V__Kingissepa_nim__kolhoos, lk 12
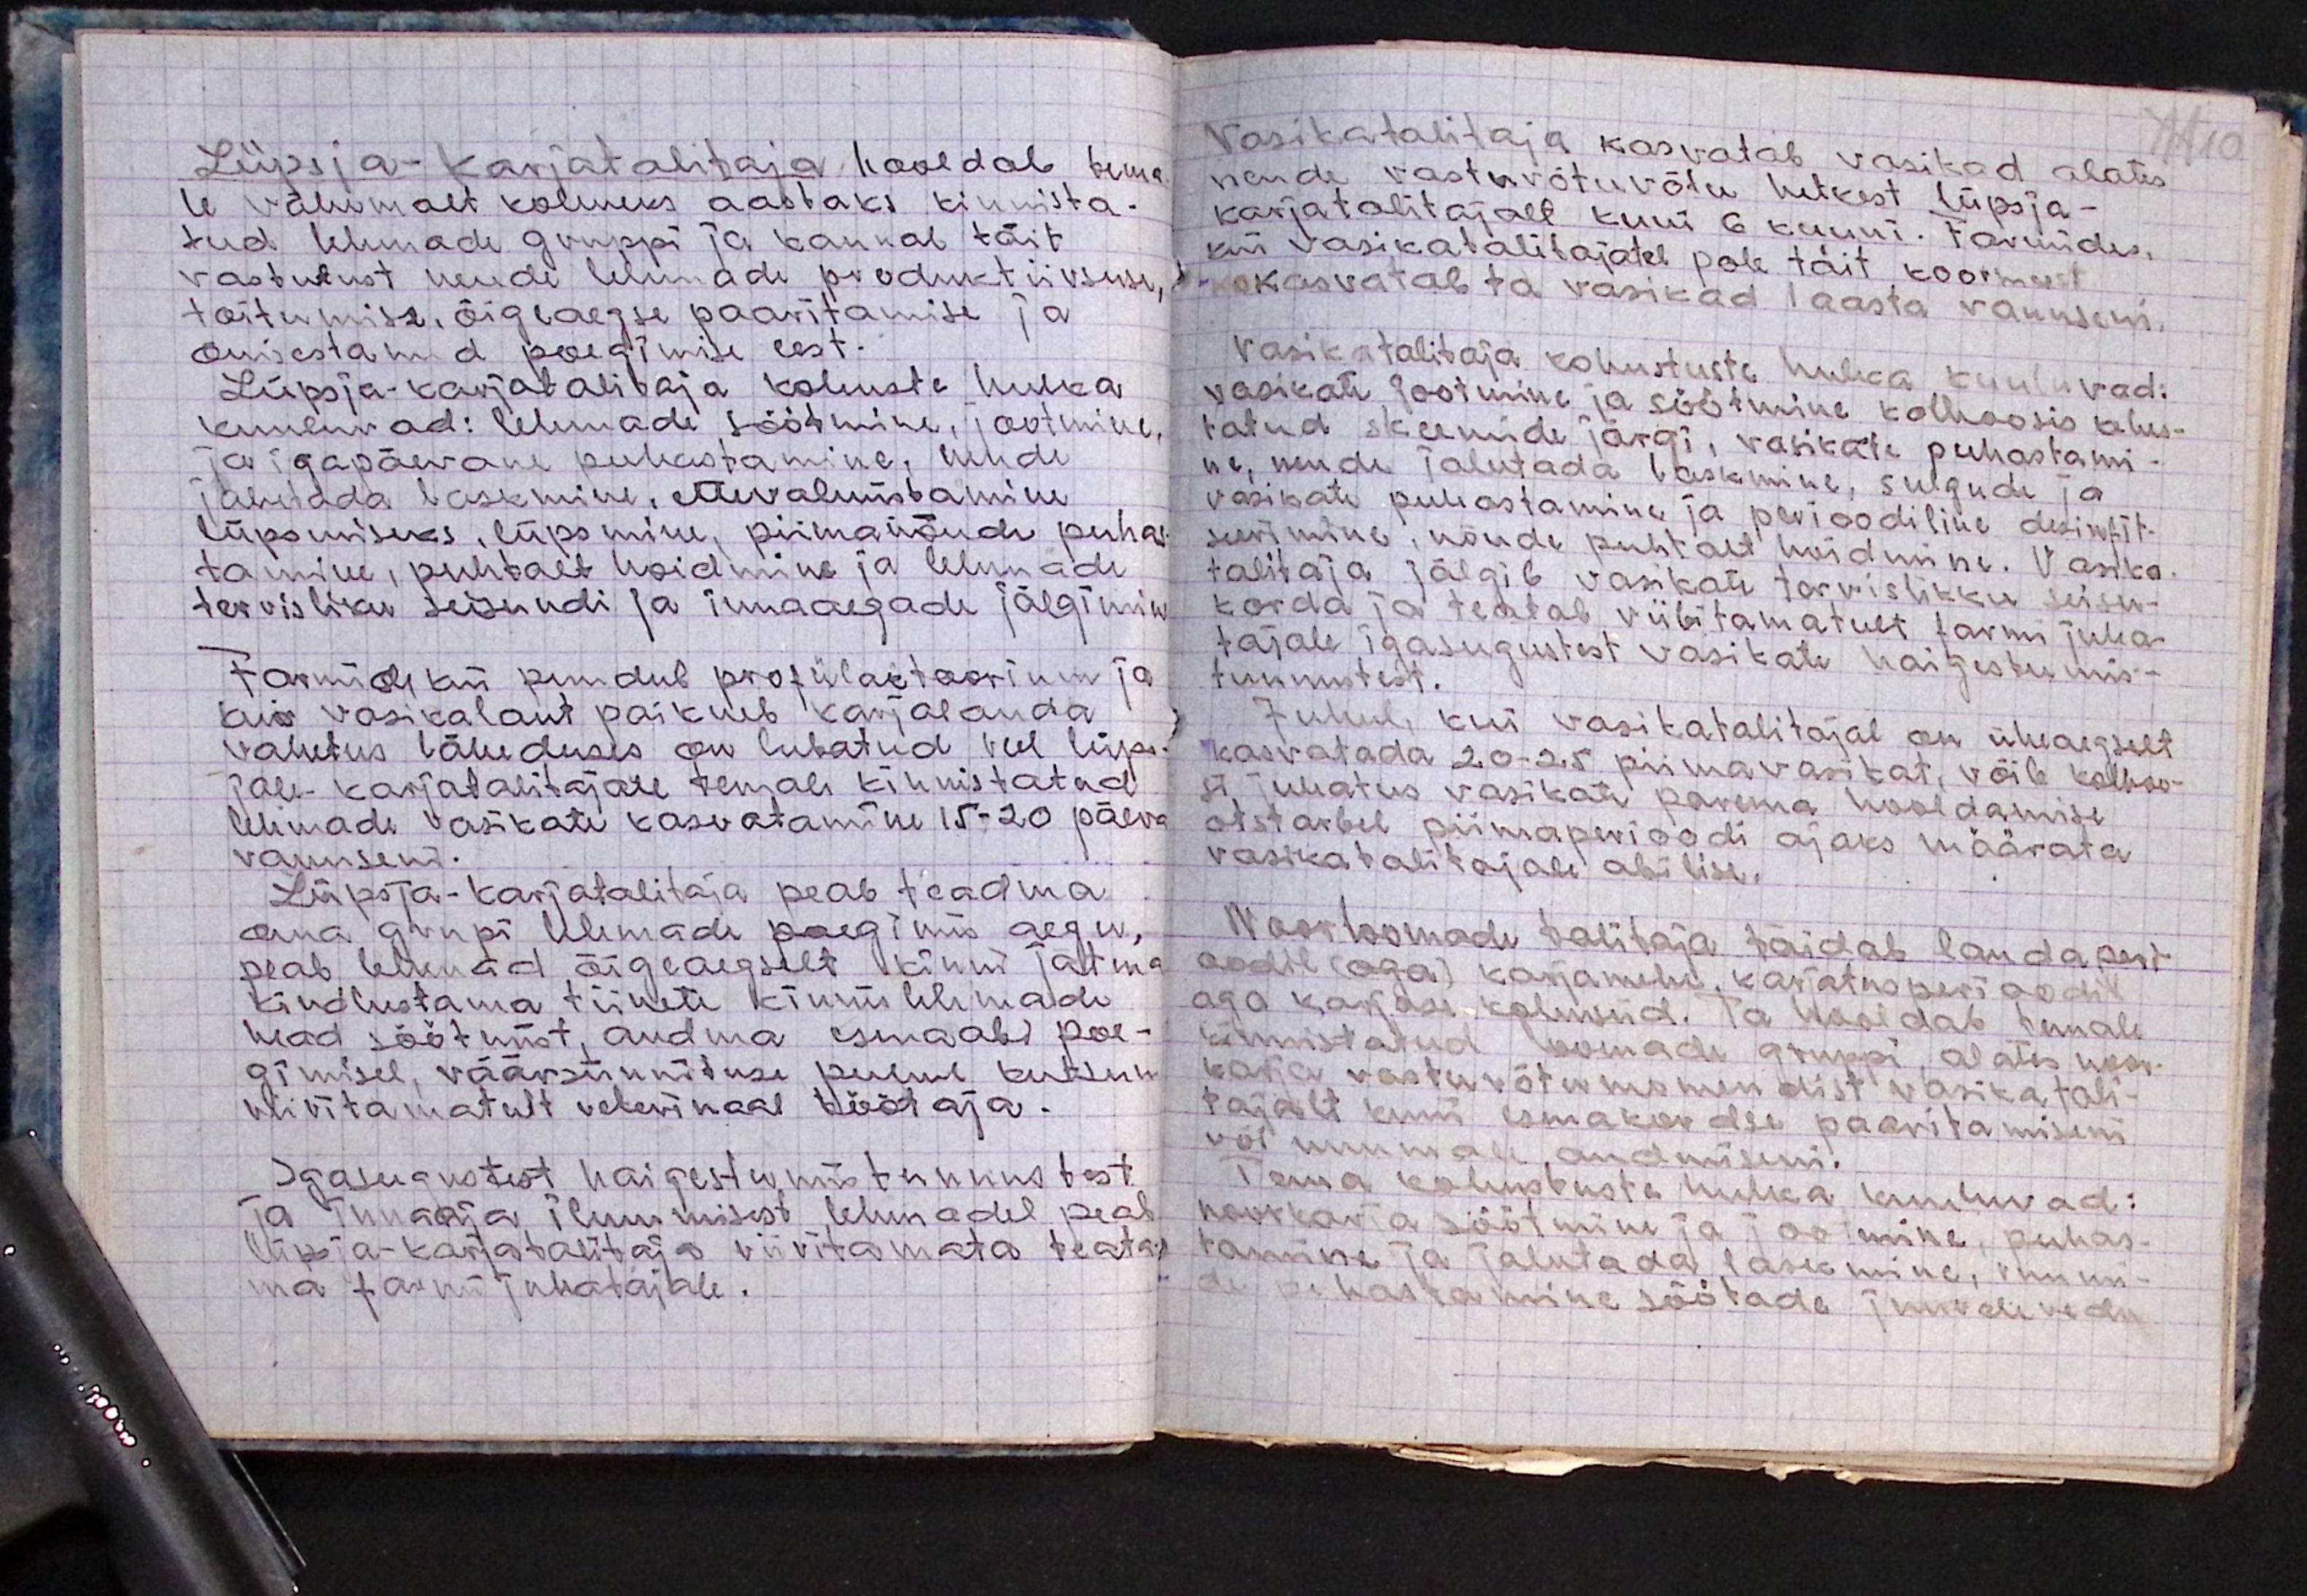
Lüpsja-karjatalitaja hooldab tema-
le vähemalt kolmeks aastaks kinnista-
tud lehmade gruppi ja kannab täit
vastutust nende lehmade produktiivsuse
toitumise, õigeaegse paaritamise ja
õnisestanud poegimise eest.
Lüpsja-karjatalitaja kohuste hulka
kuuluvad: lehmade söötmine, jootmine,
ja igapäevane puhastamine, nende
jalutada laskmine, ettevalmistamine
lüpsmiseks, lüpsmine, piimanõude puhas
tamine, puhtalt hoidmine ja lehmade
tervisliku seisundi ja innaaegade jälgimin
Farmides kus puudub profülaktoorium ja
kui vasikalaut paikneb karjalauda
vahetus läheduses on lubatud veel lüps-
jale-karjatalitajale temale kinnistatud
lehmade vasikate kasvatamine 15-20 päeva
vanuseni.
Lüpsja-karjatalitaja peab teadma
oma grupi lehmade poegimis aegu,
peab lehmad õigeaegselt kinni jätma
kindlustama tiinete kinnis lehmade
head söötmist, andma esmaabi poe-
gimisel, väärsünnituse puhul kutsum
viivitamatult veterinaal töötaja.
Igasugustest haigestumistunnustest
ja innaaja ilmumisest lehmadel peab
lüpsja-karjatalitaja viivitamata teata-
ma farmi juhatajale.

Vasikatalitaja kasvatab vasikad alates
nende vastavõtuvõtu hetkest lüpsja-
karjatalitajalt kuni 6 kuuni. Farmides
kui vasikatalitajatel pole täit koormust
kasvatab ta vasikad 1 aasta vanuseni.
Vasikatalitaja kohustuste hulka kuuluvad:
vasikate jootmine ja söötmine kolhoosis kehis-
tatud skeemide järgi, vasikate puhastami-
ne, nende jalutada laskmine, sulgude ja
vasikate puhastamine ja perioodiline desinfit-
seerimine, nõude puhtalt hoidmine. Vasika
talitaja jälgib vasikate tervislikku seisu-
korda ja teatab viivitamatult farmi juha-
tajale igasugustest vasikate haigestumis-
tunnustest.
Juhul, kui vasikatalitajal on üheaegselt
kasvatada 20-25 piimavasikat, võib kolhoo-
si juhatus vasikate parema hooldamise
otstarbel piimaperioodi ajaks määrata
vasikatalitajale abilise.
Noorloomade talitaja täidab lauda peri-
oodil (aga) karjamehe karjatusperioodil
aga karjase kohuseid. Ta hooldab temale
kinnistatud loomade gruppi, alates noor-
karja vastuvõtu momendist vasika tali-
tajalt kuni esmakordse paaritamiseni
või lnumale andmiseni.
Tema kohustuste hulka kuuluvad:
noorkarja söötmine ja jootmine, puhas-
tamine ja jalutada laksmine, vommi-
de puhastamine söötade juurdevedu.